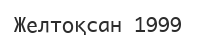
Желтоқсан 1999